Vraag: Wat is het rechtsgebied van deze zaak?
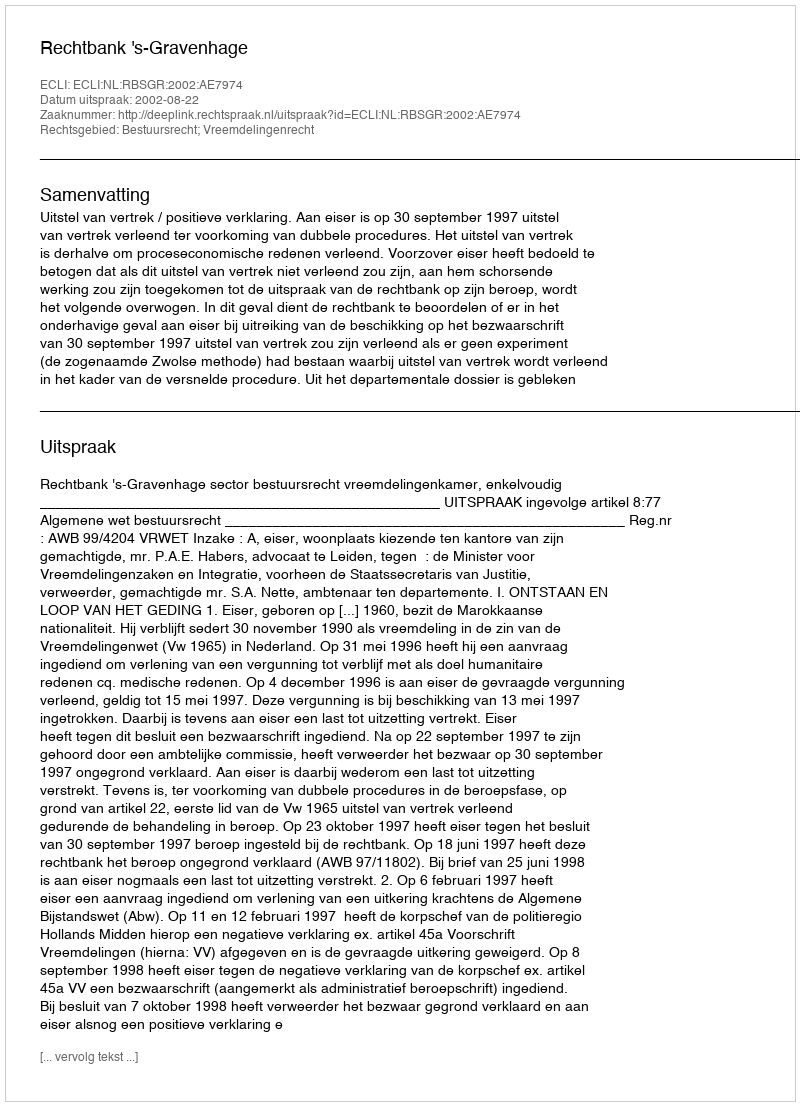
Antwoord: Bestuursrecht; Vreemdelingenrecht